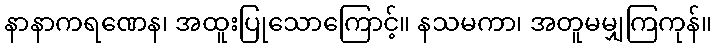
နာနာကရဏေန၊ အထူးပြုသောကြောင့်။ နသမကာ၊ အတူမမျှကြကုန်။